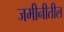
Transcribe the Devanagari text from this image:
जमीनीतील